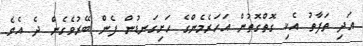
އަދި ތަފާތު އެކި ގޮތްގޮތުން އަހަރެމެންގެ ހަށިގަނޑުން ފެން ބޭރުވެގެން ދެ އެވެ.